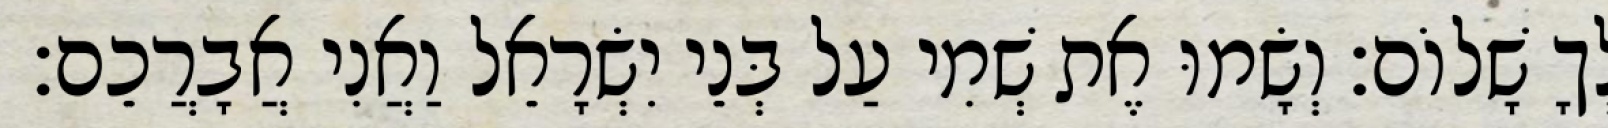
לְךָ שָׁלוֹם׃ וְשָׂמוּ אֶת שְׁמִי עַל בְּנֵי יִשְׂרָאֵל וַאֲנִי אֲבָרֲכֵם׃